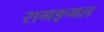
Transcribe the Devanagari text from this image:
रागङ्गल